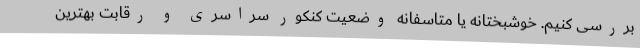
بررسی کنیم. خوشبختانه یا متاسفانه وضعیت کنکور سراسری و رقابت بهترین